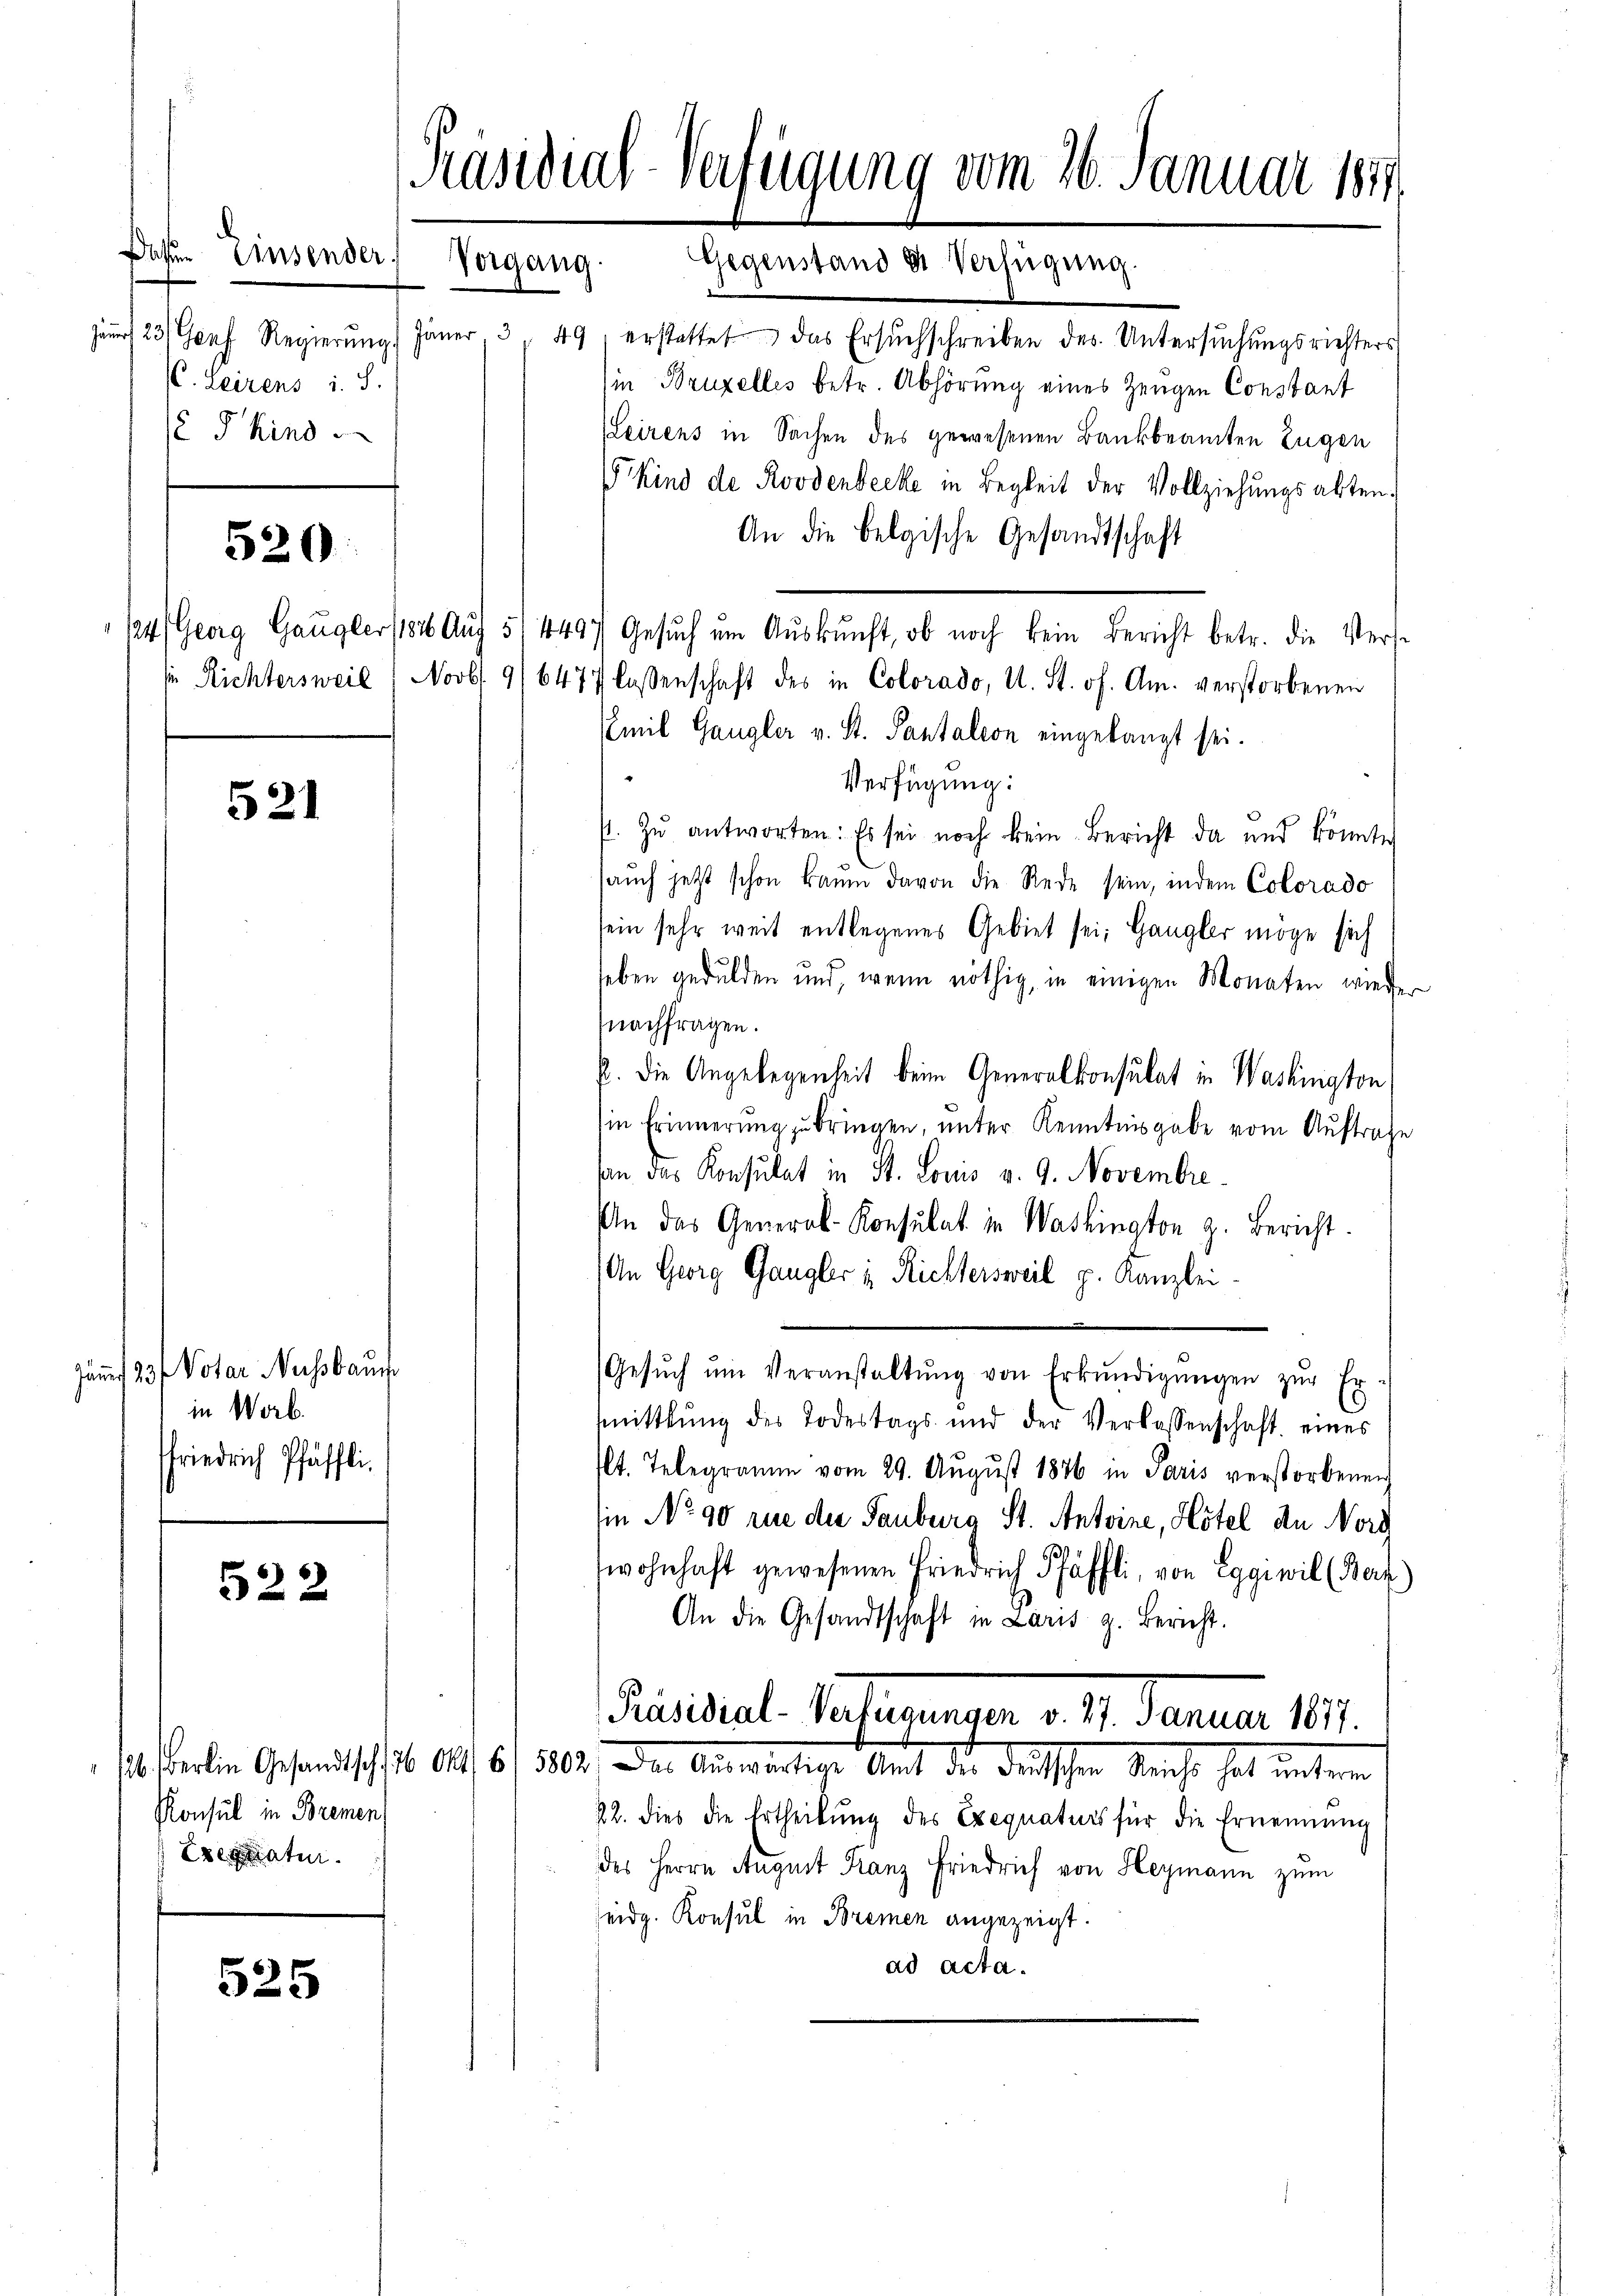
. Leirens i. S.
 P kind

520

"Richtersweil

521

Jämnt 23 Votar Nussbaue
in Worb.
friedrich Pfäffli

522

525

Konsul in Bremen
Exequatur

Daßen Einsender Vorgang.

Präsidial-Verfügung vom 26. Januar 1874.
Gegenst
Verfügung.
and e
s

je 23 Genf Regierŭng (Jäner. 3, 49, erstattet das Ersŭchschreiben des Untersŭchŭngsrichters
in Bruzelles betr. Abhörung eines Zeugen Constant
Leirens in Sachen des gewesenen Bankbeamten Zugen
 Kind de Roodenbecke in Begleit der Vollziehungsakten.
An die belgische Gesandtschaft
Novb. 9/6477 lassenschaft des in Colorado, u. St. of. Am verstorbenen
Emil Gangler v. St. Pantalion eingelangt sei.
Verfügung:
p. zŭ antworten: Es sei noch kein Bericht da und könnte
aŭch jetzt schon Baŭm davon die Rede sein, indem Colorado
sein sehr weit entlegenes Gebiet sei. Gangler möge sich
leben gedulden und, wenn nöthig, in einigen Monaten wieder
Nachfragen.
P. Die Angelegenheit beim Generalkonsulat in Washington
Ein Erinnerung zu bringen, unter Kenntnisgabe vom Auftrage
san das Konsulat in St. Louis v. 9. Novembre
In das General-Konsulat in Washinaton z. Bericht.
An Georg Gangler in Richtersweil p. Kanzlei.
Gesŭch ŭm Veranstaltŭng von Erkŭndigŭngen zŭr Er-
mmittlung des Todestags- und der Verlassenschaft eines
lt. Telegramm vom 29. Aŭgŭst 1876 in Paris verstorbenen
tin No 90 rue die Tauburg St. Antoine, Hotel de Nord
wohnhaft gewesenen Friedrich Pfäffli, von Eggiwil (Berz)
An die Gesandtschaft in Laris z. Bericht.
Pestalt. Sofernungen d. 1. Januar 1891
set werden Gesandtschaft. 140. 6. 1802. Der Auswärtige Amt die deutschen Recht hat unter
22. dies die Ertheilŭng des Exequaturs für die Ernennung
des Herrn August Franz Friedrich von Heymann zum
seidg. Konsul in Bremen angezeigt.
ad acta.

124) Georg Gangler (184. Aŭf 5/4497 Gesŭch ŭm Aŭskŭnft, ob noch kein Bericht betr. die Vers-